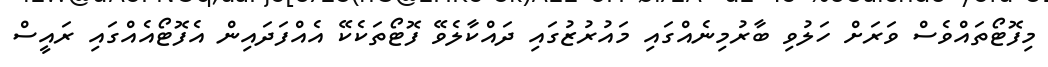
މިފޮޓޯތައްވެސް ވަރަށް ހަލުވި ބާރުމިނެއްގައި މައުރުޒުގައި ދައްކާލެވޭ ފޮޓޯތަކެކޭ އެއްފަދައިން އެފޮޓޯއެއްގައި ރައީސް